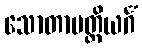
သောတာပတ္တိယင်္ဂံ